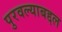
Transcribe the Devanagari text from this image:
पुरवल्याबद्दल